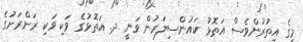
މީގެ އިތުރުންވެސް އަތޮޅު ކައުންސިލަރުން ވަނީ ދ. އަތޮޅުގެ ވަކި ވަކި ރަށްރަށުގެ